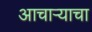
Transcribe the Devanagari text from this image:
आचार्‍याचा